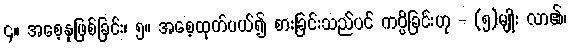
၄။ အစေ့နုဖြစ်ခြင်း၊ ၅။ အစေ့ထုတ်ပယ်၍ စားခြင်းသည်ပင် ကပ္ပိခြင်းဟု - (၅)မျိုး လာ၏၊